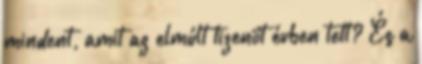
mindent, amit az elmúlt tizenöt évben tett? És a